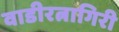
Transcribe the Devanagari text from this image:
वाडीरत्नागिरी